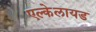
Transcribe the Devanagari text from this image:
एल्केलायड